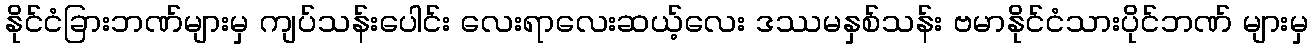
နိုင်ငံခြားဘဏ်များမှ ကျပ်သန်းပေါင်း လေးရာလေးဆယ့်လေး ဒဿမနှစ်သန်း ဗမာနိုင်ငံသားပိုင်ဘဏ် များမှ